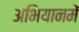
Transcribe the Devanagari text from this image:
अभियानमें